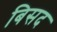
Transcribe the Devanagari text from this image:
बिसद